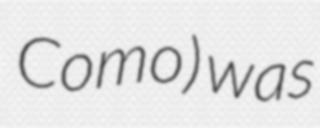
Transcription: Como) was